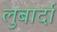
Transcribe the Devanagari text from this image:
लुबार्दा